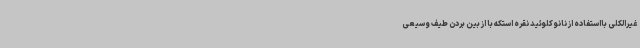
غیرالکلی بااستفاده از نانو کلوئید نقره استکه با از بین بردن طیف وسیعی